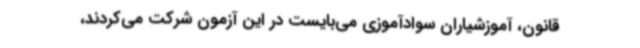
قانون، آموزشیاران سوادآموزی می‌بایست در این آزمون شرکت می‌کردند،